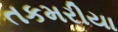
તકમરીયા